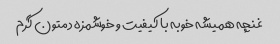
غنچه همیشه خوبه با کیفیت و خوشمزه دمتون گرم